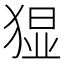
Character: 𭸚